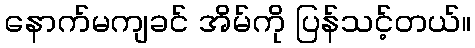
နောက်မကျခင် အိမ်ကို ပြန်သင့်တယ်။